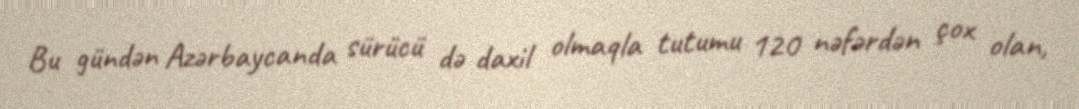
Bu gündən Azərbaycanda sürücü də daxil olmaqla tutumu 120 nəfərdən çox olan,